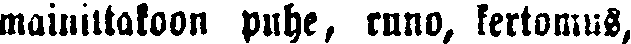
mainittakoon puhe, runo, kertomus,